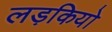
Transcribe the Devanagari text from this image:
लड़कियो